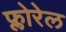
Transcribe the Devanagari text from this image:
फ्लोरेल